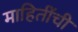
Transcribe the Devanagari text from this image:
माहितींची